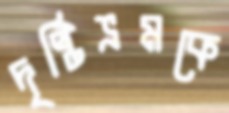
দৃষ্টিভ্রমকে